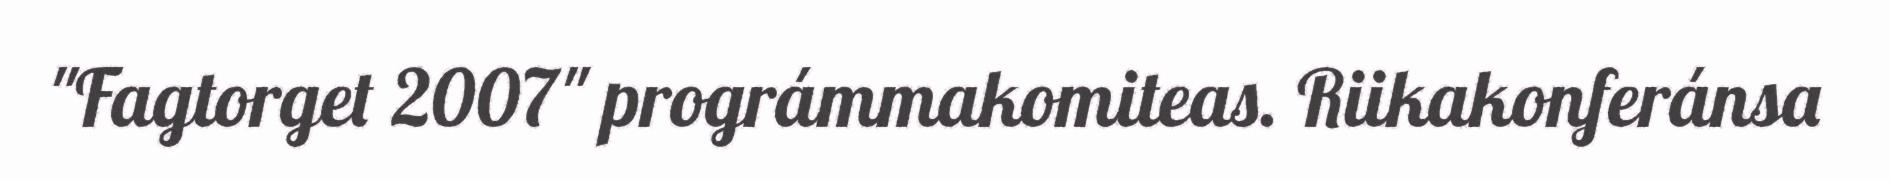
"Fagtorget 2007" prográmmakomiteas. Riikakonferánsa